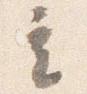
立